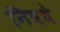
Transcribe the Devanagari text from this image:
निवधे